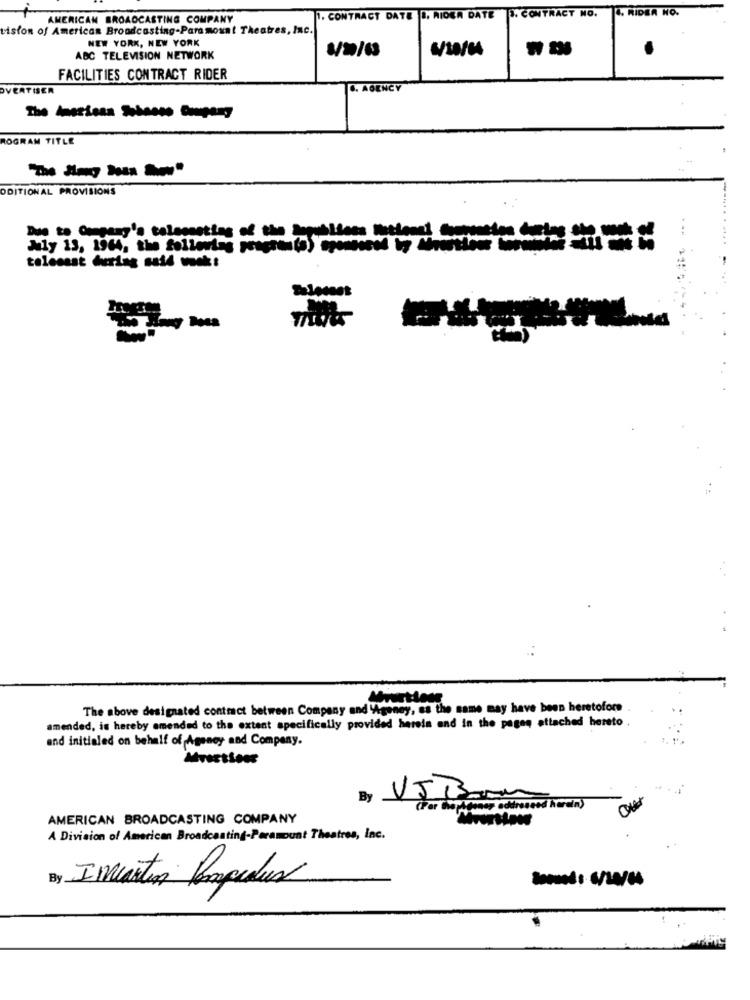
4. RIDER NO.
AMERICAN BROADCASTING COMPANY
1. CONTRACT DATE I. RIDER DATE
TO. CONTRACT NO.
vision of American Broadcasting-Paramount The
tres, Inc.
NEW YORK, NEW YORK
6/10/64
ABC TELEVISION NETWORK
FACILITIES CONTRACT RIDER
VERTISER
4. AGENCY
ROGRAM TITLE
ODITIONAL PROVISIONS
Due to Omgang's talemeting of the Seguiideen National Contention Cucina corp
Ny 13, 1964, the folletos pwb) -- --------
telecast during said wook :
The above designated contract between Company and "goney, es the same may have been heretofore
amended, is hereby amended to the extent specifically provided hereis and in the pages attached hereto.
and initialed on behalf of Amoney and Company.
By VJ Bom
AMERICAN BROADCASTING COMPANY
A Division of American Broadcasting-Paramount Theatres, Inc.
By Imartin Lampedus